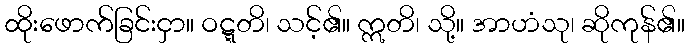
ထိုးဖောက်ခြင်းငှာ။ ဝဋ္ဋတိ၊ သင့်၏။ ဣတိ၊ သို့။ အာဟံသု၊ ဆိုကုန်၏။